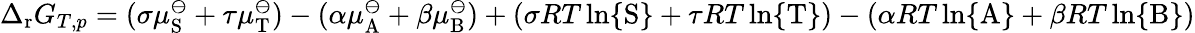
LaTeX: \Delta_{\mathrm{r}}G_{T,p}=(\sigma\mu_{\mathrm{S}}^{\ominus}+\tau\mu_{\mathrm{T}}^{\ominus})-(\alpha\mu_{\mathrm{A}}^{\ominus}+\beta\mu_{\mathrm{B}}^{\ominus})+(\sigma RT\ln\{ \mathrm{S}\} +\tau RT\ln\{ \mathrm{T}\} )-(\alpha RT\ln\{ \mathrm{A}\} +\beta RT\ln\{ \mathrm{B}\} )